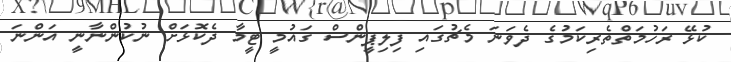
ކުޅޭ ރަހުމަތްތެރިކަމުގެ ދެވަނަ މެޗުގައި ފިލިޕީންސް ގައުމީ ޓީމާ ދެކޮޅަށް ނުކުންނާނީ އަންނަ